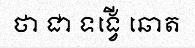
ថា ជា ទង្វើ ឆោត